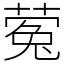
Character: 蒬